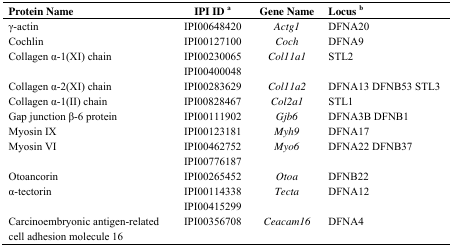
<table><thead><tr><td><b>Protein Name</b></td><td><b>IPI IDa</b></td><td><b>Gene Name</b></td><td><b>Locusb</b></td></tr></thead><tbody><tr><td>γ-actin</td><td>IPI00648420</td><td><i>Actg1</i></td><td>DFNA20</td></tr><tr><td>Cochlin</td><td>IPI00127100</td><td><i>Coch</i></td><td>DFNA9</td></tr><tr><td>Collagen α-1(XI) chain</td><td>IPI00230065IPI00400048</td><td><i>Col11a1</i></td><td>STL2</td></tr><tr><td>Collagen α-2(XI) chain</td><td>IPI00283629</td><td><i>Col11a2</i></td><td>DFNA13 DFNB53 STL3</td></tr><tr><td>Collagen α-1(II) chain</td><td>IPI00828467</td><td><i>Col2a1</i></td><td>STL1</td></tr><tr><td>Gap junction β-6 protein</td><td>IPI00111902</td><td><i>Gjb6</i></td><td>DFNA3B DFNB1</td></tr><tr><td>Myosin IX</td><td>IPI00123181</td><td><i>Myh9</i></td><td>DFNA17</td></tr><tr><td>Myosin VI</td><td>IPI00462752IPI00776187</td><td><i>Myo6</i></td><td>DFNA22 DFNB37</td></tr><tr><td>Otoancorin</td><td>IPI00265452</td><td><i>Otoa</i></td><td>DFNB22</td></tr><tr><td>α-tectorin</td><td>IPI00114338IPI00415299</td><td><i>Tecta</i></td><td>DFNA12</td></tr><tr><td>Carcinoembryonic antigen-related cell adhesion molecule 16</td><td>IPI00356708</td><td><i>Ceacam16</i></td><td>DFNA4</td></tr></tbody></table>